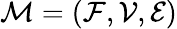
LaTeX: \mathcal{M}=(\mathcal{F},\mathcal{V},\mathcal{E})